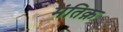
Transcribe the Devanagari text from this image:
मंतिक़